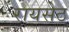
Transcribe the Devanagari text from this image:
रायसेठ